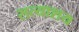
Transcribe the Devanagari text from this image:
सत्याशय